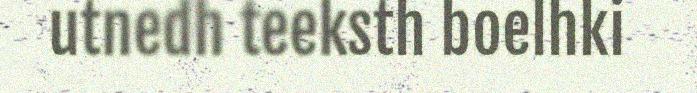
utnedh teeksth boelhki